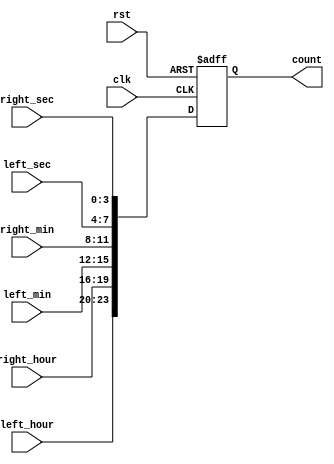
`timescale 1ns / 1ps
//////////////////////////////////////////////////////////////////////////////////
// Company: 
// Engineer: 
// 
// Design Name: 
// Module Name: total_time_counter
// Project Name: 
// Target Devices: 
// Tool Versions: 
// Description: 
// 
// Dependencies: 
// 
// Revision:
// Revision 0.01 - File Created
// Additional Comments:
// 
//////////////////////////////////////////////////////////////////////////////////

//24 bit counter that recieves the values from counters for the seconds, minutes, and hours
//formats them in the order we want them to show up on our seven segment display

module total_time_counter(
    input clk,
    input rst,
    input [3:0] right_sec, //input coming from second counter
    input [3:0] left_sec, // input coming from second counter
    input [3:0] right_min, // input coming from minute counter
    input [3:0] left_min, // input coming from minute counter
    input [3:0] right_hour, // input coming from hour counter
    input [3:0] left_hour, // input coming from hour counter
    
    output reg [23:0]count // output that is determined by the values coming from the counters
    );
    
    always@(posedge clk, posedge rst) 
        if (rst)
            count <= 24'b0;
        else 
        count <= {left_hour , right_hour, left_min, // this copies the values of the inputs and formats the seconds, minutes, and hours in the order it would 
                  right_min, left_sec, right_sec};  // show on the seven segment display
                                                    // If the bits copied in were 0001 0011 0100 1000 0000 0011
endmodule                                           // then our clock would show  hours 13, minutes 48, seconds 03